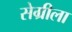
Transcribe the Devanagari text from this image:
सेग्रीला